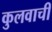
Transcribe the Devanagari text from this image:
कुलवाची